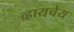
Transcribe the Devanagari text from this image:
व्हायचेय